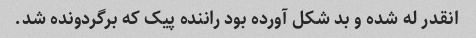
انقدر له شده و بد شکل آورده بود راننده پیک که برگردونده شد.